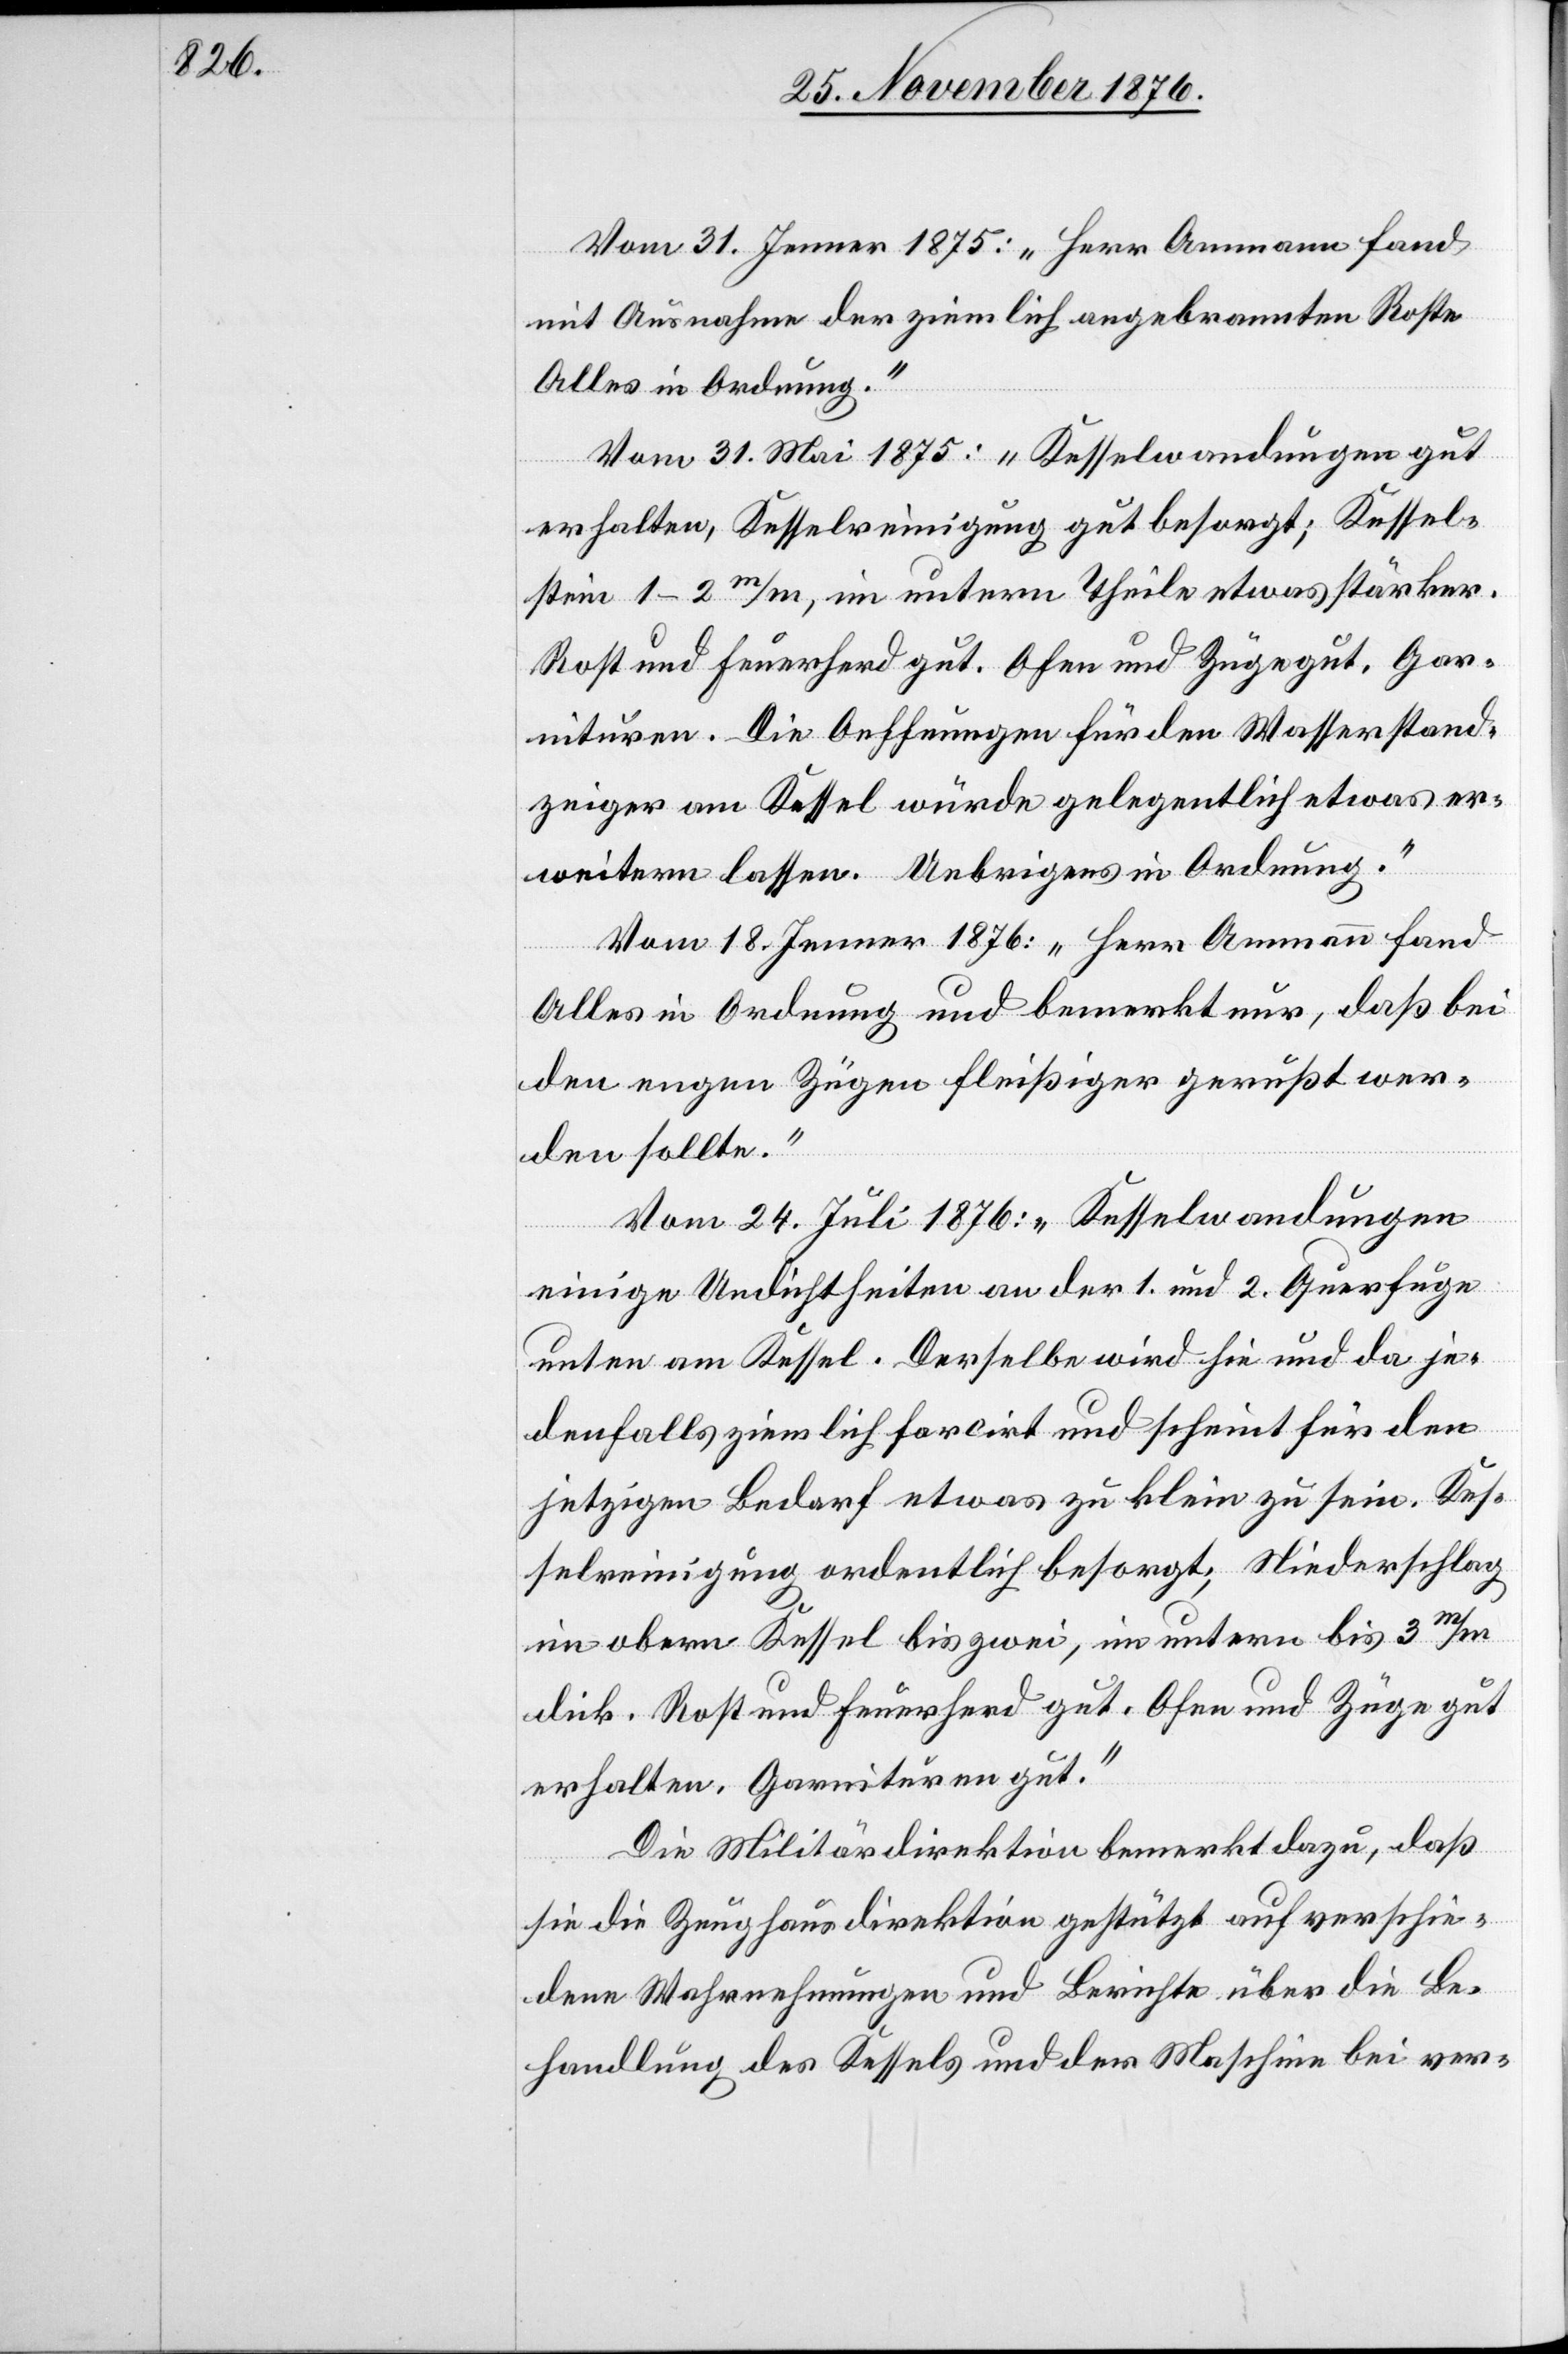
Vom 31. Jenner 1875: „ Herr Ammann fand,
mit Ausnahme der ziemlich angebrannten Roste
Alles in Ordnung.“
Vom 31. Mai 1875: „Kesselwandungen gut
erhalten, Kesselreinigung gut besorgt; Kessel¬
stein 1–2m/m, im untern Theile etwas stärker.
Rost und Feuerherd gut. Ofen und Züge gut. Gar¬
nituren. Die Oeffnungen für den Wasserstand¬
zeiger am Kessel würde gelegentlich etwas er¬
weitern lassen. Uebrigens in Ordnung.“
Vom 18. Jenner 1876: „Herr Ammann fand
Alles in Ordnung und bemerkt nur, daß bei
den engen Zügen fleißiger gerußt wer¬
den sollte.“
Vom 24. Juli 1876: „Kesselwandungen
einige Undichtheiten an der 1. und 2. Querfuge
unten am Kessel. Derselbe wird hie und da je¬
denfalls ziemlich farcirt und scheint für den
jetzigen Bedarf etwas zu klein zu sein. Kes¬
selreinigung ordentlich besorgt; Niederschlag
im obern Kessel bis zwei, im untern bis 3m/m
dick. Rost und Feuerherd gut. Ofen und Züge gut
erhalten. Garnituren gut.“
Die Militärdirektion bemerkt dazu, daß
sie die Zeughausdirektion gestützt auf verschie¬
dene Wahrnehmungen und Berichte über die Be¬
handlung des Kessels und der Maschine bei ver-